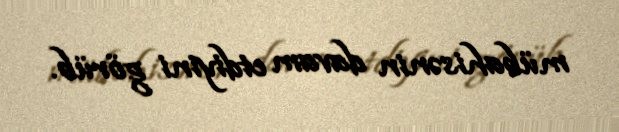
mübahisənin davam etdiyini görüb.